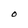
Character: O